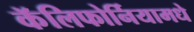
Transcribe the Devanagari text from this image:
कॅलिफोर्नियामधे